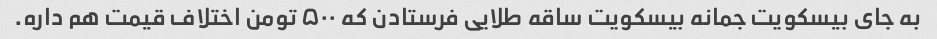
به جای بیسکویت جمانه بیسکویت ساقه طلایی فرستادن که ۵۰۰ تومن اختلاف قیمت هم داره.